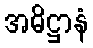
အဓိဋ္ဌာနံ